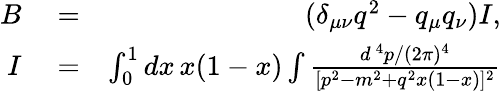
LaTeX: \begin{array}{rlr}{B}&{{}=}&{(\delta_{\mu\nu}q^{2}-q_{\mu}q_{\nu})I,}\\ {I}&{{}=}&{\int_{0}^{1}dx\, x(1-x)\int{\frac{d^{\, 4}p/(2\pi)^{4}}{[p^{2}-m^{2}+q^{2}x(1-x)]^{2}}}}\end{array}